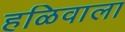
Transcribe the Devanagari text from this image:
हळिवाला